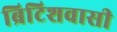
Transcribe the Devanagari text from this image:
ब्रिटिशवासी